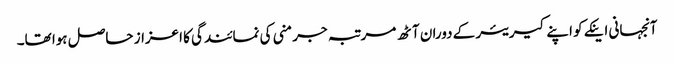
آنجہانی اینکے کو اپنے کیریئر کے دوران آٹھ مرتبہ جرمنی کی نمائندگی کا اعزاز حاصل ہوا تھا۔